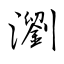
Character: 瀏